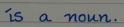
is a noun.